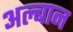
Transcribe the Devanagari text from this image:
अल्बान